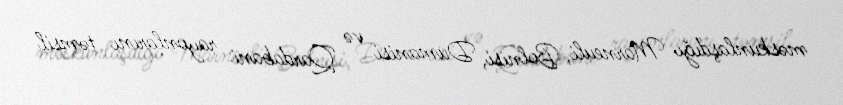
məskunlaşdığı Marneuli, Bolnisi, Dumanisi və Qardabani rayonlarını təmsil